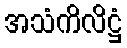
အသံကိလိဋ္ဌံ